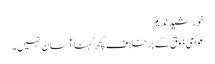
خورشید ندیم
عوامی ذوق کے بر خلاف کچھ کہنا آسان نہیں۔